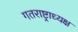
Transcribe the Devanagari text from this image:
गतराष्ट्राध्यक्ष